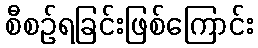
စီစဉ်ရခြင်းဖြစ်ကြောင်း